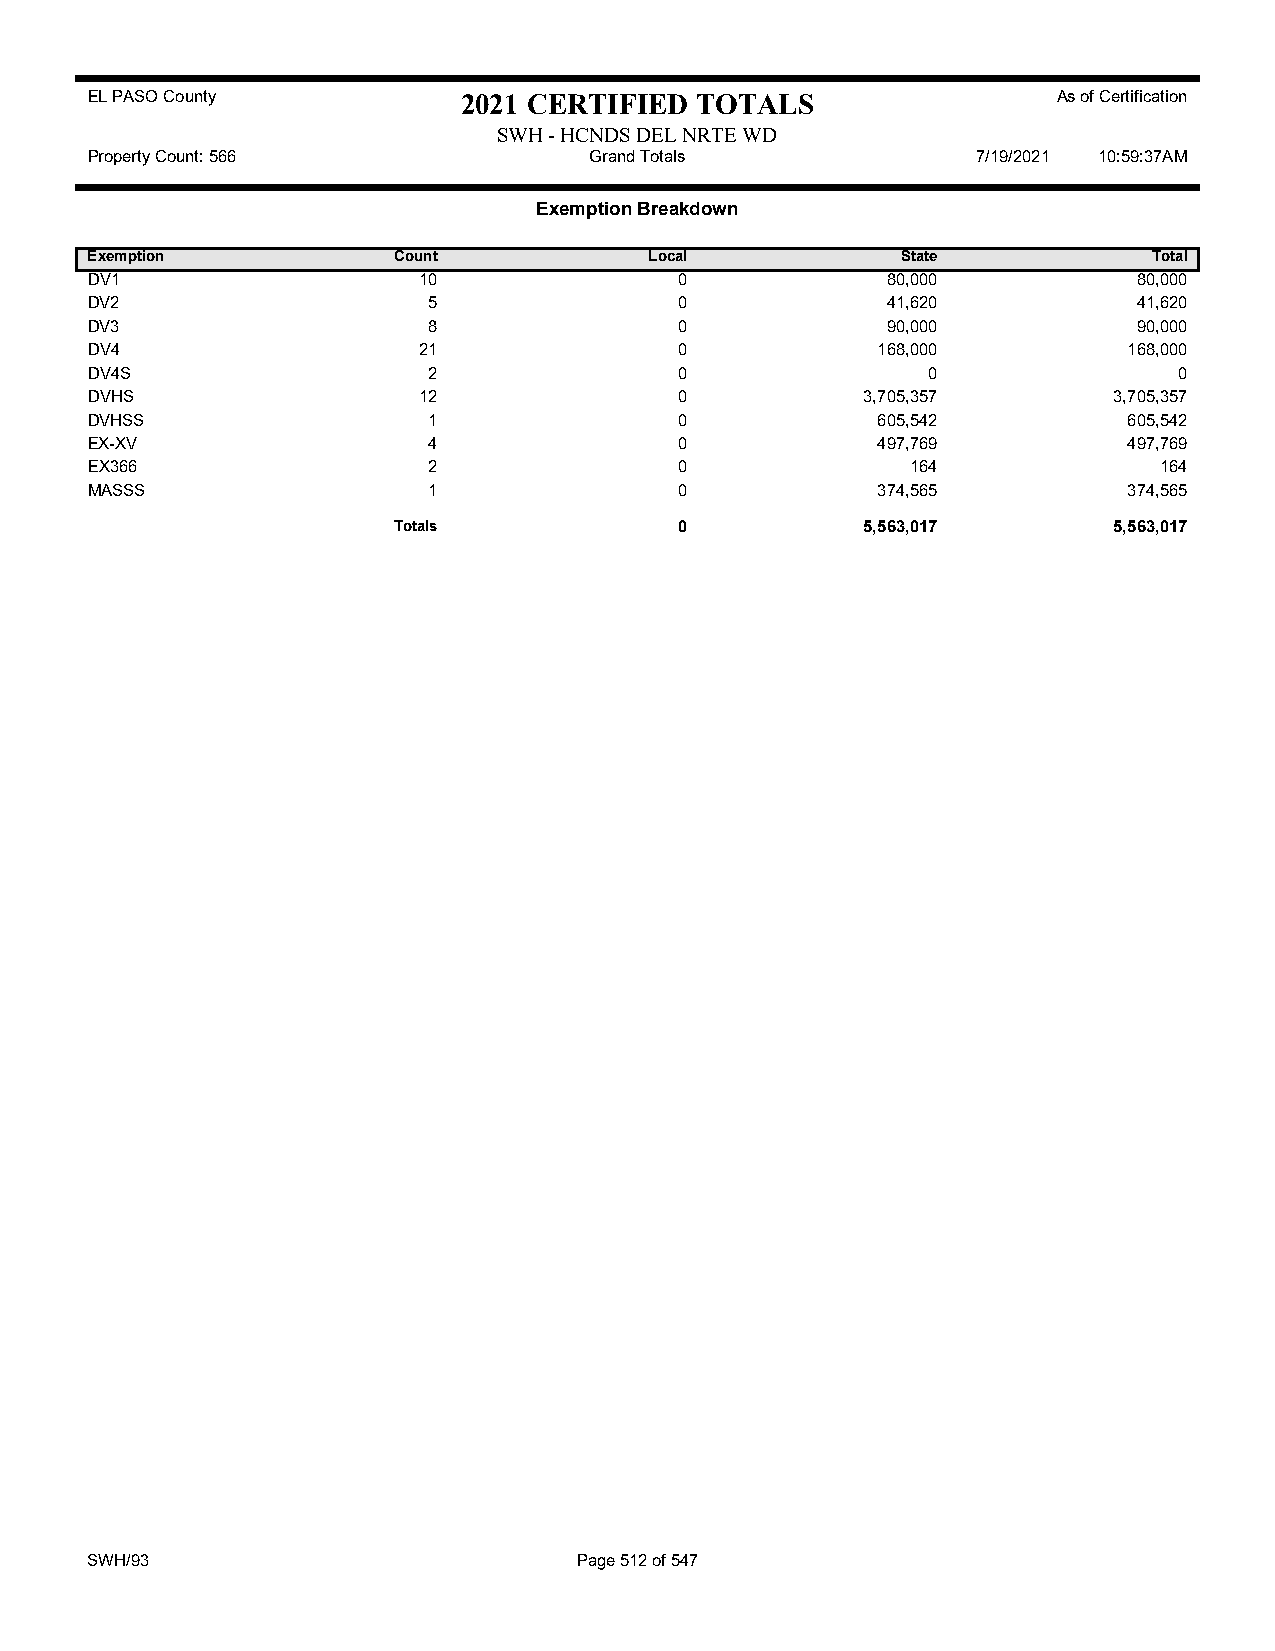
EL PASO County           2021 CERTIFIED TOTALS                  As of Certification
 SWH - HCNDS DEL NRTE WD
 Property Count: 566              Grand Totals              7/19/2021 10:59:37AM
 Exemption Breakdown
 Exemption           Count            Local            State           Total
 DV1                   10               0             80,000          80,000
 DV2                   5                0             41,620          41,620
 DV3                   8                0             90,000          90,000
 DV4                   21               0            168,000          168,000
 DV4S                  2                0               0                0
 DVHS                  12               0           3,705,357        3,705,357
 DVHSS                 1                0            605,542          605,542
 EX-XV                 4                0            497,769          497,769
 EX366                 2                0              164              164
 MASSS                 1                0            374,565          374,565
 Totals             0           5,563,017        5,563,017
 SWH/93                          Page 512 of 547